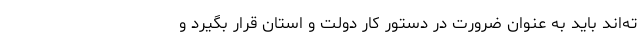
ته‌اند باید به عنوان ضرورت در دستور کار دولت و استان قرار بگیرد و